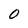
Character: 0